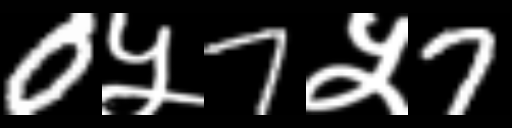
Text: 0५7५7